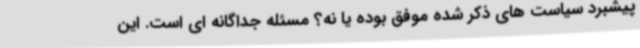
پیشبرد سیاست های ذکر شده موفق بوده یا نه؟ مسئله جداگانه ای است. این